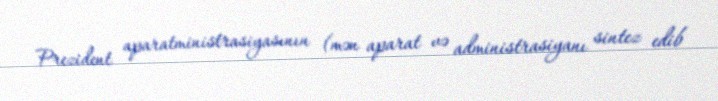
Prezident aparatministrasiyasının (mən aparat və administrasiyanı sintez edib